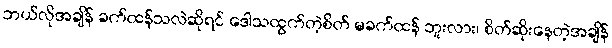
ဘယ်လိုအချိန် ခက်ထန်သလဲဆိုရင် ဒေါသထွက်တဲ့စိတ် မခက်ထန် ဘူးလား၊ စိတ်ဆိုးနေတဲ့အချိန်